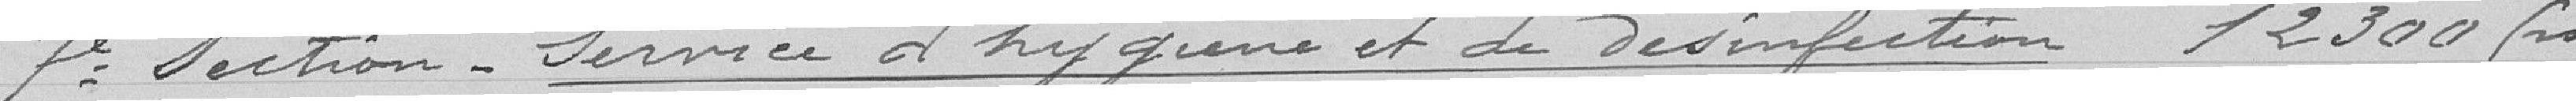
7° Section service d'hygiène et de désinfection 12300 francs